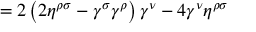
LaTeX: = 2 \left( 2 \eta ^ { \rho \sigma } - \gamma ^ { \sigma } \gamma ^ { \rho } \right) \gamma ^ { \nu } - 4 \gamma ^ { \nu } \eta ^ { \rho \sigma }